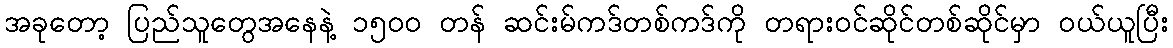
အခုတော့ ပြည်သူတွေအနေနဲ့ ၁၅၀၀ တန် ဆင်းမ်ကဒ်တစ်ကဒ်ကို တရားဝင်ဆိုင်တစ်ဆိုင်မှာ ဝယ်ယူပြီး